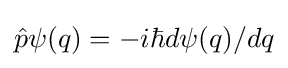
{\hat {p}}\psi (q)=-i\hbar d\psi (q)/dq